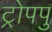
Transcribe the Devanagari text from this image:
ट्रोपपु